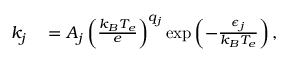
\begin{array} { r l } { k _ { j } } & { { } = A _ { j } \left( \frac { k _ { B } T _ { e } } { e } \right) ^ { q _ { j } } \exp \left( - \frac { \epsilon _ { j } } { k _ { B } T _ { e } } \right) , } \end{array}